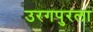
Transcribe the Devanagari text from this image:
उरगपुरला